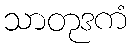
သာတုဒကံ